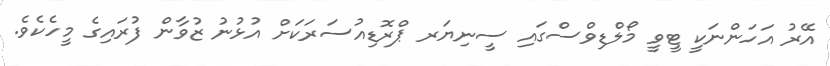
އޭރު އަހަންނަކީ ޓީވީ މޯލްޑިވްސްގައި ސީނިޔަރ ޕްރޮޑިއުސަރަކަށް އުޅުނު ޒުވާން ފުރައިގެ މީހެކެވެ.